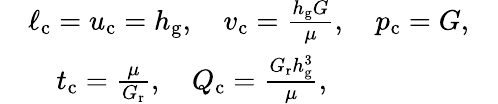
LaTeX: \begin{array}{rlr}&{\ell_{\textrm{c}}=u_{\textrm{c}}=h_{\textrm{g}},\quad v_{\textrm{c}}=\frac{h_{\textrm{g}}G}{\mu},\quad p_{\textrm{c}}=G,}&\\ &{\quad t_{\textrm{c}}=\frac{\mu}{G_{\textrm{r}}},\quad Q_{\textrm{c}}=\frac{G_{\textrm{r}}h_{\textrm{g}}^{3}}{\mu},}\end{array}